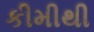
કીમીથી